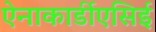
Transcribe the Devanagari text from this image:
ऐनाकार्डीएसिई